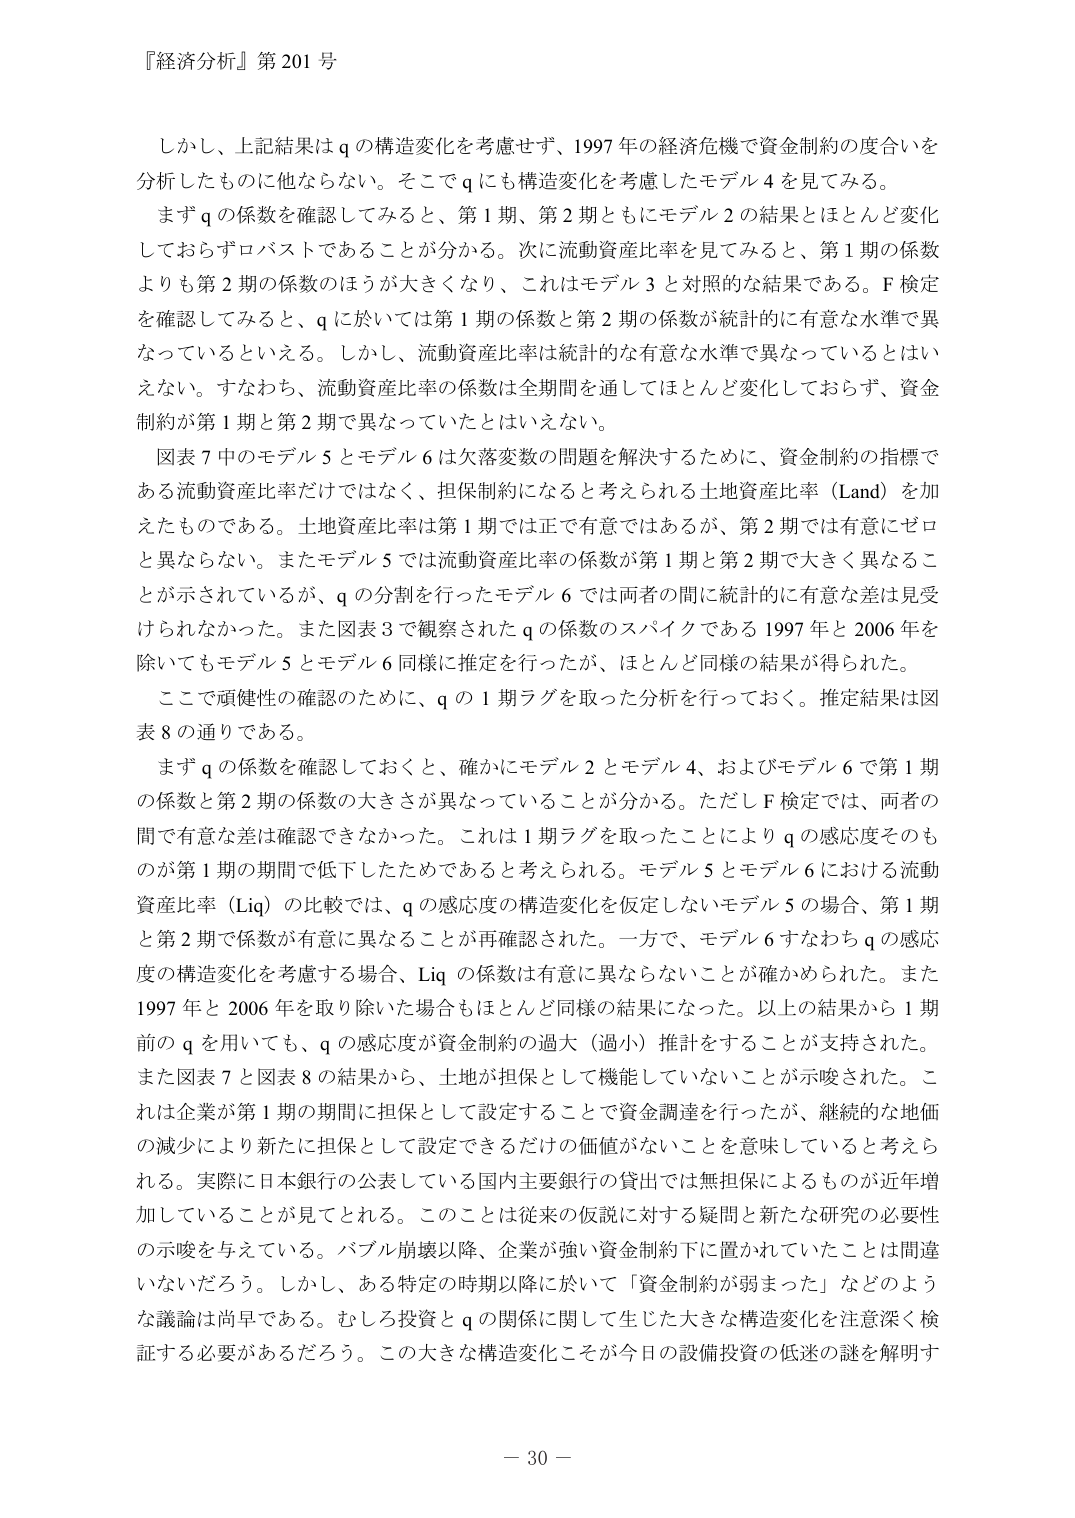
『経済分析』第201号

しかし、上記結果はqの構造変化を考慮せず、1997年の経済危機で資金制約の度合いを分析したものに他ならない。そこでqにも構造変化を考慮したモデル4を見てみる。

まずqの係数を確認してみると、第1期、第2期ともにモデル2の結果とほとんど変化しておらずロバストであることが分かる。次に流動資産比率を見てみると、第1期の係数よりも第2期の係数のほうが大きくなり、これはモデル3と対照的な結果である。F検定を確認してみると、qに於いては第1期の係数と第2期の係数が統計的に有意な水準で異なっているといえる。しかし、流動資産比率は統計的な有意な水準で異なっているとはいえない。すなわち、流動資産比率の係数は全期間を通じてほとんど変化しておらず、資金制約が第1期と第2期で異なっていたとはいえない。

図表7中のモデル5とモデル6は欠落変数の問題を解決するために、資金制約の指標である流動資産比率だけではなく、担保制約になると考えられる土地資産比率（Land）を加えたものである。土地資産比率は第1期では正で有意ではあるが、第2期では有意にゼロと異ならない。またモデル5では流動資産比率の係数が第1期と第2期で大きく異なることが示されているが、qの分割を行ったモデル6では両者の間に統計的に有意な差は見受けられなかった。また図表3で観察されたqの係数のスパイクである1997年と2006年を除いてもモデル5とモデル6同様に推定を行ったが、ほとんど同様の結果が得られた。

ここで頑健性の確認のために、qの1期ラグを取った分析を行っておく。推定結果は図表8の通りである。

まずqの係数を確認しておくと、確かにモデル2とモデル4、およびモデル6で第1期の係数と第2期の係数の大きさが異なっていることが分かる。ただしF検定では、両者の間で有意な差は確認できなかった。これは1期ラグを取ったことによりqの感応度そのものが第1期の期間で低下したためであると考えられる。モデル5とモデル6における流動資産比率（Liq）の比較では、qの感応度の構造変化を仮定しないモデル5の場合、第1期と第2期で係数が有意に異なることが再確認された。一方で、モデル6すなわちqの感応度の構造変化を考慮する場合、Liqの係数は有意に異ならないことが確かめられた。また1997年と2006年を取り除いた場合もほとんど同様の結果になった。以上の結果から1期前のqを用いても、qの感応度が資金制約の過大（過小）推計をすることが支持された。また図表7と図表8の結果から、土地が担保として機能していないことが示唆された。これは企業が第1期の期間に担保として設定することで資金調達を行ったが、継続的な地価の減少により新たに担保として設定できるだけの価値がないことを意味していると考えられる。実際に日本銀行の公表している国内主要銀行の貸出では無担保によるものが近年増加していることが見てとれる。このことは従来の仮説に対する疑問と新たな研究の必要性の示唆を与えている。バブル崩壊以降、企業が強い資金制約下に置かれていたことは間違いないだろう。しかし、ある特定の時期以降に於いて「資金制約が弱まった」などのような議論は尚早である。むしろ投資とqの関係に関して生じた大きな構造変化を注意深く検証する必要があるだろう。この大きな構造変化こそが今日の設備投資の低迷の謎を解明す

－30－